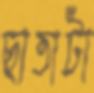
ছাতাটা